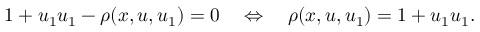
1 + u _ { 1 } u _ { 1 } - \rho ( x , u , u _ { 1 } ) = 0 \quad \Leftrightarrow \quad \rho ( x , u , u _ { 1 } ) = 1 + u _ { 1 } u _ { 1 } .